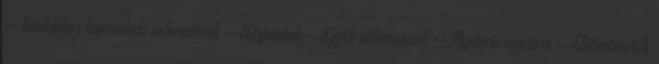
--Tanításhoz kapcsolódó információk --Házpontok --Egyéb információk --Mysterio egyetem --Előtörténetek